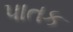
પાતક